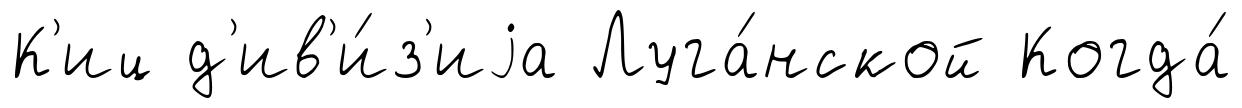
К'иц д'ив'и́з'иjа Луга́нской Когда́